Vaccination in Bombay 1863-1868 - 1863-1868
Year: 1863
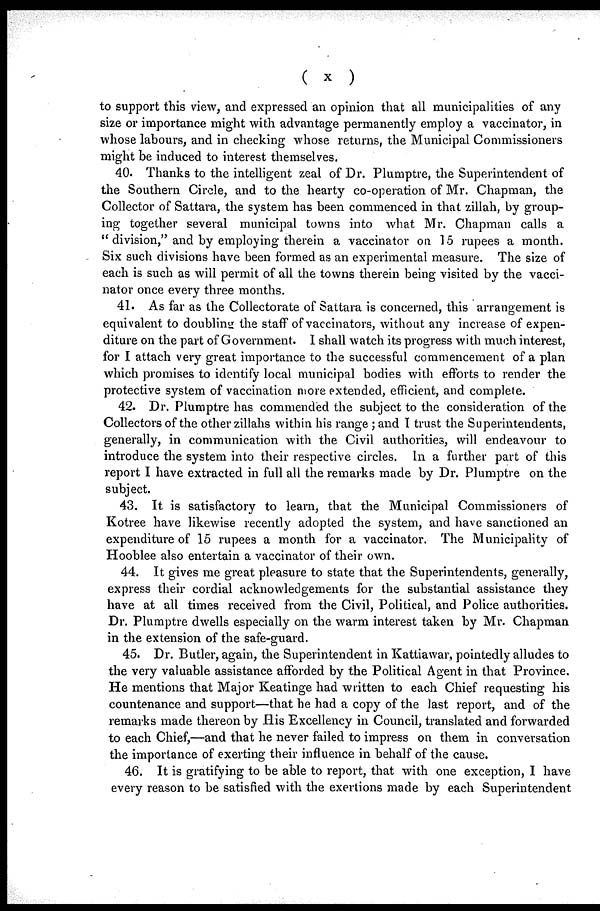
( x )
to support this view, and expressed an opinion that all municipalities of any
size or importance might with advantage permanently employ a vaccinator, in
whose labours, and in checking whose returns, the Municipal Commissioners
might be induced to interest themselves.
40. Thanks to the intelligent zeal of Dr. Plumptre, the Superintendent of
the Southern Circle, and to the hearty co-operation of Mr. Chapman, the
Collector of Sattara, the system has been commenced in that zillah, by group-
ing together several municipal towns into what Mr. Chapman calls a
" division," and by employing therein a vaccinator on 15 rupees a month.
Six such divisions have been formed as an experimental measure. The size of
each is such as will permit of all the towns therein being visited by the vacci-
nator once every three months.
41. As far as the Collectorate of Sattara is concerned, this arrangement is
equivalent to doubling the staff of vaccinators, without any increase of expen-
diture on the part of Government. I shall watch its progress with much interest,
for I attach very great importance to the successful commencement of a plan
which promises to identify local municipal bodies with efforts to render the
protective system of vaccination more extended, efficient, and complete.
42. Dr. Plumptre has commended the subject to the consideration of the
Collectors of the other zillahs within his range ; and I trust the Superintendents,
generally, in communication with the Civil authorities, will endeavour to
introduce the system into their respective circles. In a further part of this
report I have extracted in full all the remarks made by Dr. Plumptre on the
subject.
43. It is satisfactory to learn, that the Municipal Commissioners of
Kotree have likewise recently adopted the system, and have sanctioned an
expenditure of 15 rupees a month for a vaccinator. The Municipality of
Hooblee also entertain a vaccinator of their own.
44. It gives me great pleasure to state that the Superintendents, generally,
express their cordial acknowledgements for the substantial assistance they
have at all times received from the Civil, Political, and Police authorities.
Dr. Plumptre dwells especially on the warm interest taken by Mr. Chapman
in the extension of the safe-guard.
45. Dr. Butler, again, the Superintendent in Kattiawar, pointedly alludes to
the very valuable assistance afforded by the Political Agent in that Province.
He mentions that Major Keatinge had written to each Chief requesting his
countenance and support—that he had a copy of the last report, and of the
remarks made thereon by His Excellency in Council, translated and forwarded
to each Chief,—and that he never failed to impress on them in conversation
the importance of exerting their influence in behalf of the cause.
46. It is gratifying to be able to report, that with one exception, I have
every reason to be satisfied with the exertions made by each Superintendent